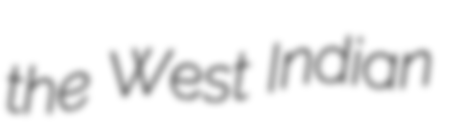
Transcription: the West Indian